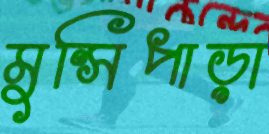
মুন্সিপাড়া